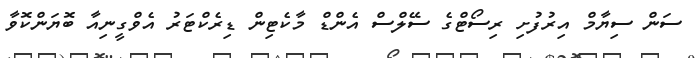
ސަން ސިޔާމް އިރުފުށި ރިސޯޓްގެ ސޭލްސް އެންޑް މާކެޓިން ޑިރެކްޓަރު އެވްގީނިއާ ބޮޔަންކޮވާ